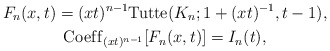
\begin{gather*}F_{n}(x,t)= (x t)^{n-1} {\rm Tutte}(K_n; 1+ (x t)^{-1},t-1),\\{\rm Coef\/f}_{(x t)^{n-1}} [ F_{n}(x,t) ] =I_{n}(t),\end{gather*}